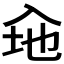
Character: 𮰃